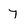
Character: 7